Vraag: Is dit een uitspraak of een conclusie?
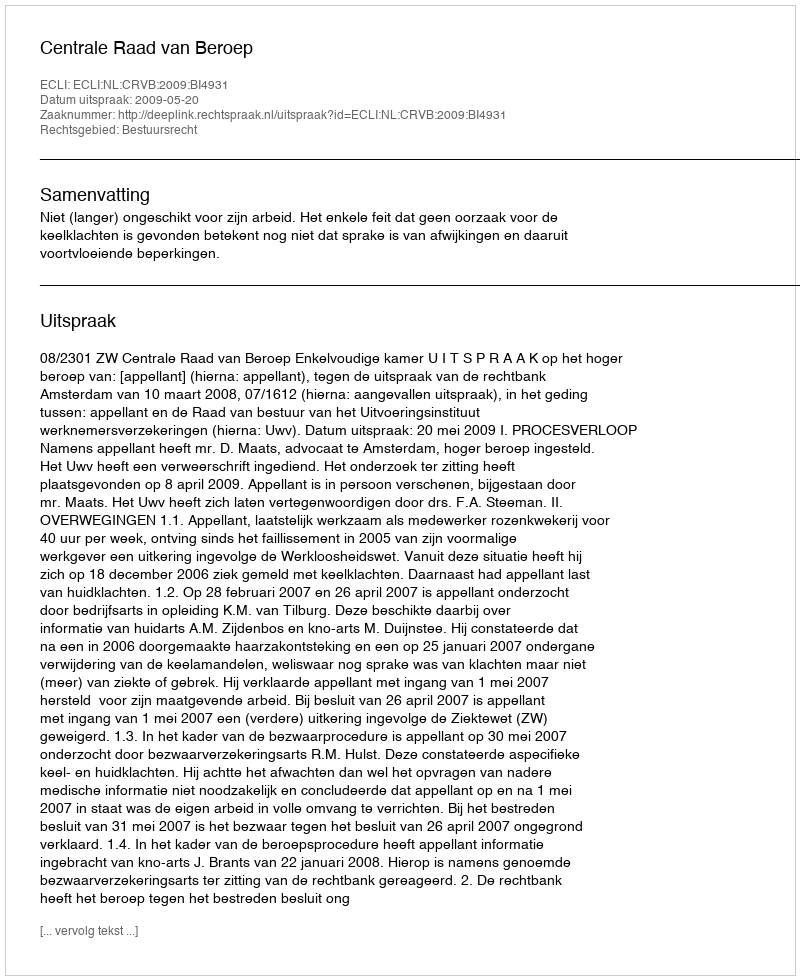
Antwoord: Uitspraak